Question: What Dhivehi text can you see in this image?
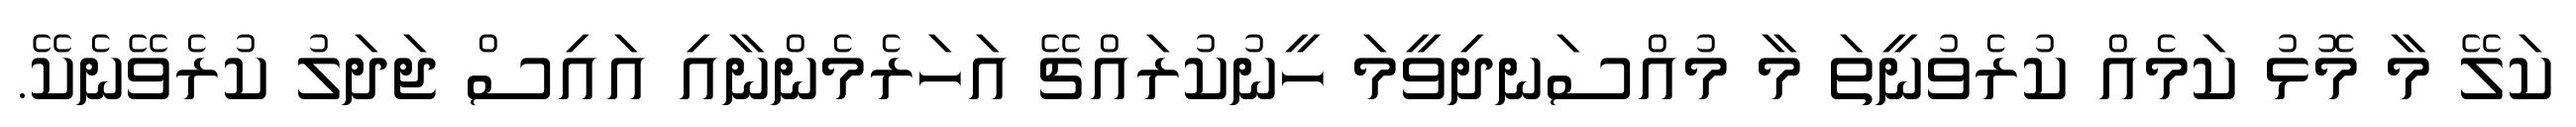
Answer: ކަލޭ މާ މޮޅު ކަމެއް ކުރެވުނީތަ މާ މުއްސަނދިވީމަ ހީނުކުރައްޗޭ އަހަރެމެންނާއި އައިސް ޖަދަލު ކުރެވޭނެކޭ.